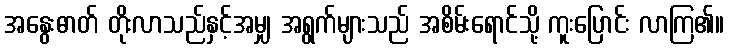
အနွေးဓာတ် တိုးလာသည်နှင့်အမျှ အရွက်များသည် အစိမ်းရောင်သို့ ကူးပြောင်း လာကြ၏။